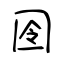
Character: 囹